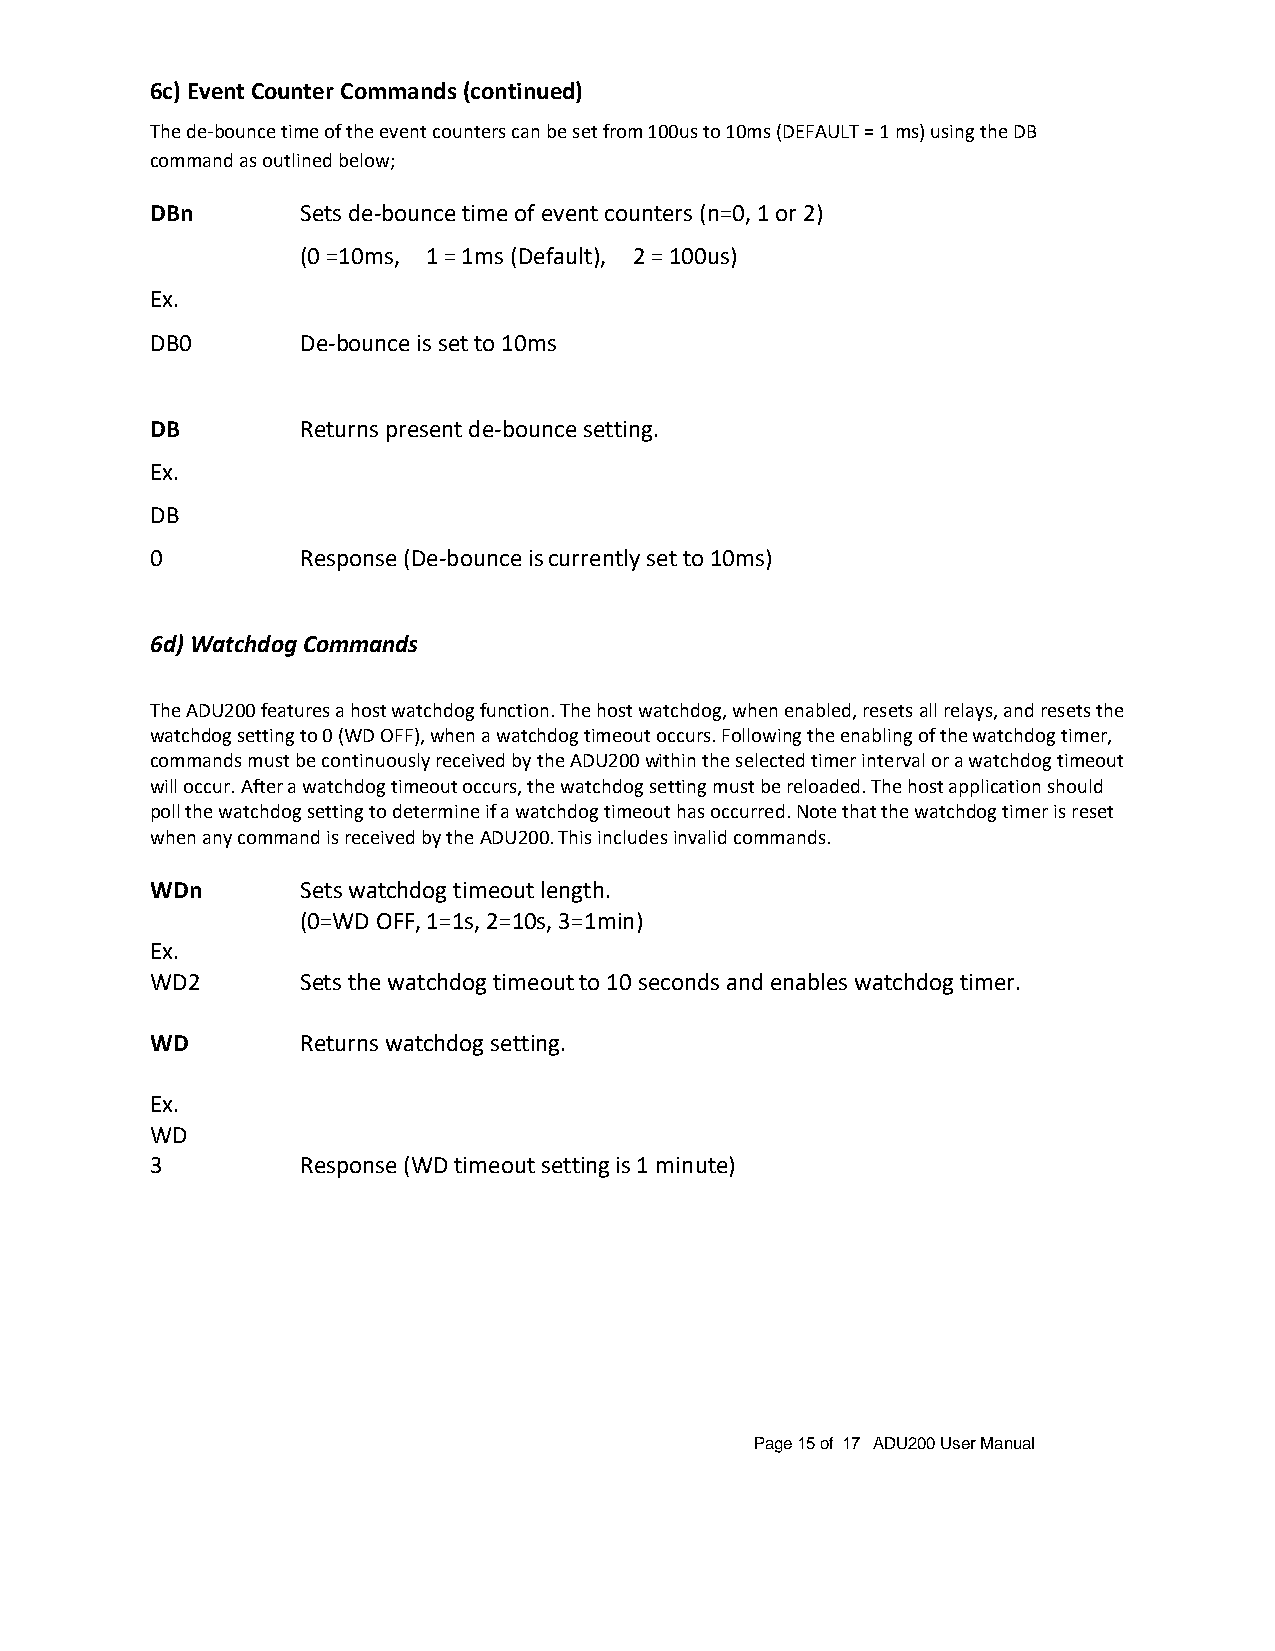
6c) Event Counter Commands (continued)
 The de-bounce time of the event counters can be set from 100us to 10ms (DEFAULT = 1 ms) using the DB
 command as outlined below;
 DBn       Sets de-bounce time of event counters (n=0, 1 or 2)
 (0 =10ms, 1 = 1ms (Default), 2 = 100us)
 Ex.
 DB0       De-bounce is set to 10ms
 DB        Returns present de-bounce setting.
 Ex.
 DB
 0         Response (De-bounce is currently set to 10ms)
 6d) Watchdog Commands
 The ADU200 features a host watchdog function. The host watchdog, when enabled, resets all relays, and resets the
 watchdog setting to 0 (WD OFF), when a watchdog timeout occurs. Following the enabling of the watchdog timer,
 commands must be continuously received by the ADU200 within the selected timer interval or a watchdog timeout
 will occur. After a watchdog timeout occurs, the watchdog setting must be reloaded. The host application should
 poll the watchdog setting to determine if a watchdog timeout has occurred. Note that the watchdog timer is reset
 when any command is received by the ADU200. This includes invalid commands.
 WDn       Sets watchdog timeout length.
 (0=WD OFF, 1=1s, 2=10s, 3=1min)
 Ex.
 WD2       Sets the watchdog timeout to 10 seconds and enables watchdog timer.
 WD        Returns watchdog setting.
 Ex.
 WD
 3         Response (WD timeout setting is 1 minute)
 Page 15 of 17 ADU200 User Manual